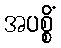
အပစ္စိံ